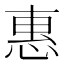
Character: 惠